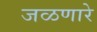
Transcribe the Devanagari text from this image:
जळणारे